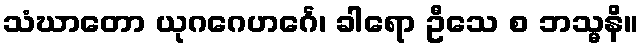
သံဃာတော ယုဂဂေဟင်္ဂေ၊ ခါရော ဦသေ စ ဘသ္မနိ။